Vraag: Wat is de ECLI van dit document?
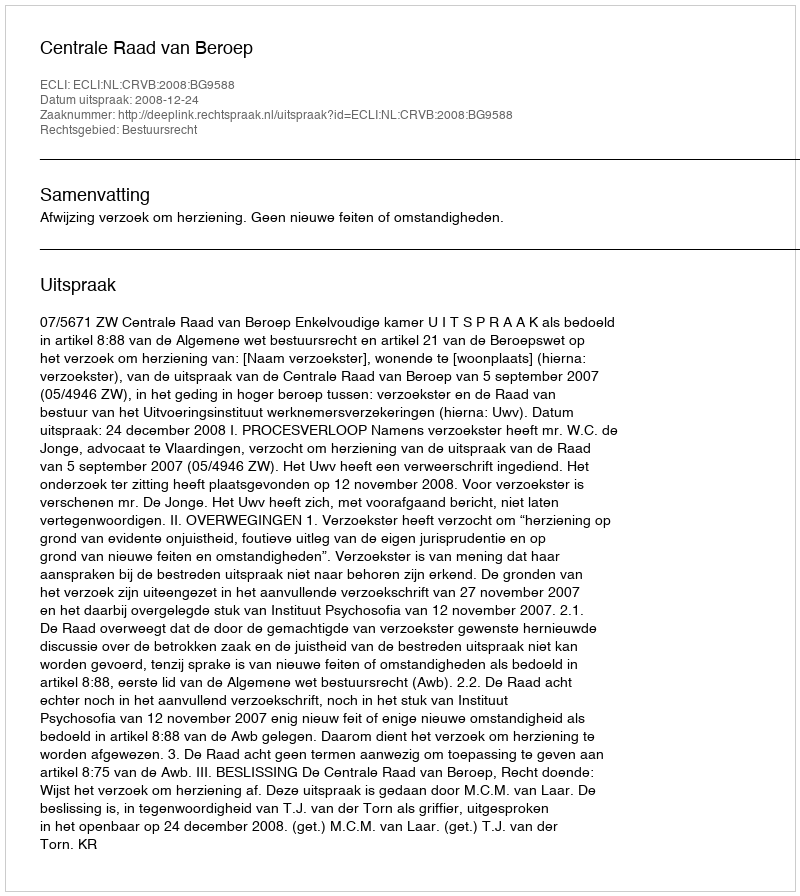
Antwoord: ECLI:NL:CRVB:2008:BG9588